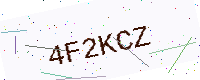
Text: 4F2KCZ